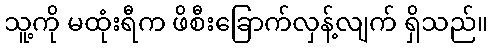
သူ့ကို မထုံးရီက ဖိစီးခြောက်လှန့်လျက် ရှိသည်။